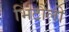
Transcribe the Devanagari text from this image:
भिटौली